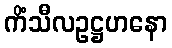
ကိံသီလဥဋ္ဌဟနော